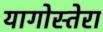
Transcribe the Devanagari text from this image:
यागोस्तेरा